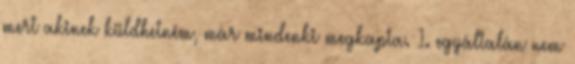
mert akinek küldhetném, már mindenki megkapta. 1. egyáltalán nem